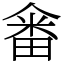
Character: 𤲞